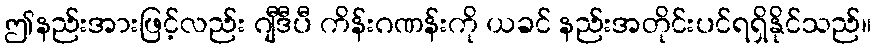
ဤနည်းအားဖြင့်လည်း ဂျီဒီပီ ကိန်းဂဏန်းကို ယခင် နည်းအတိုင်းပင်ရရှိနိုင်သည်။